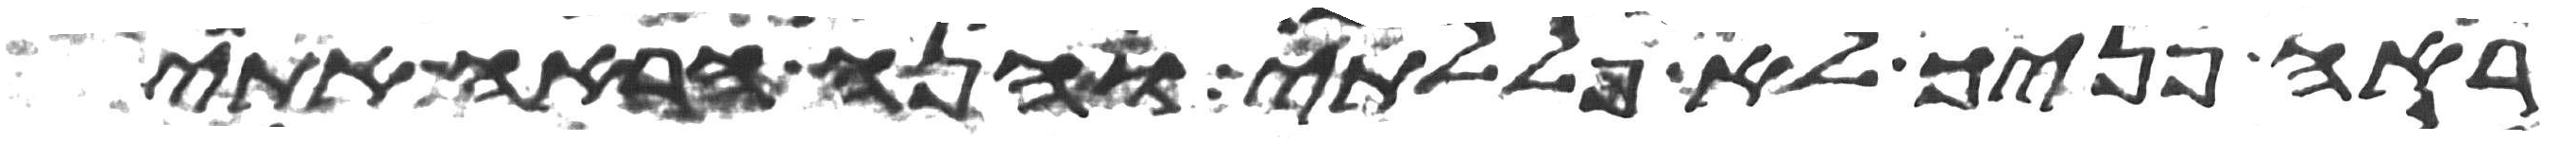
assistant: ראה פניך לא פללתי והנה הראה אתי